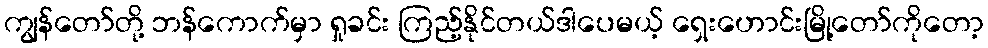
ကျွန်တော်တို့ ဘန်ကောက်မှာ ရှုခင်း ကြည့်နိုင်တယ်ဒါပေမယ့် ရှေးဟောင်းမြို့တော်ကိုတော့